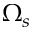
\Omega _ { s }